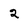
Character: 2